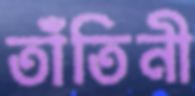
তাঁতিনী